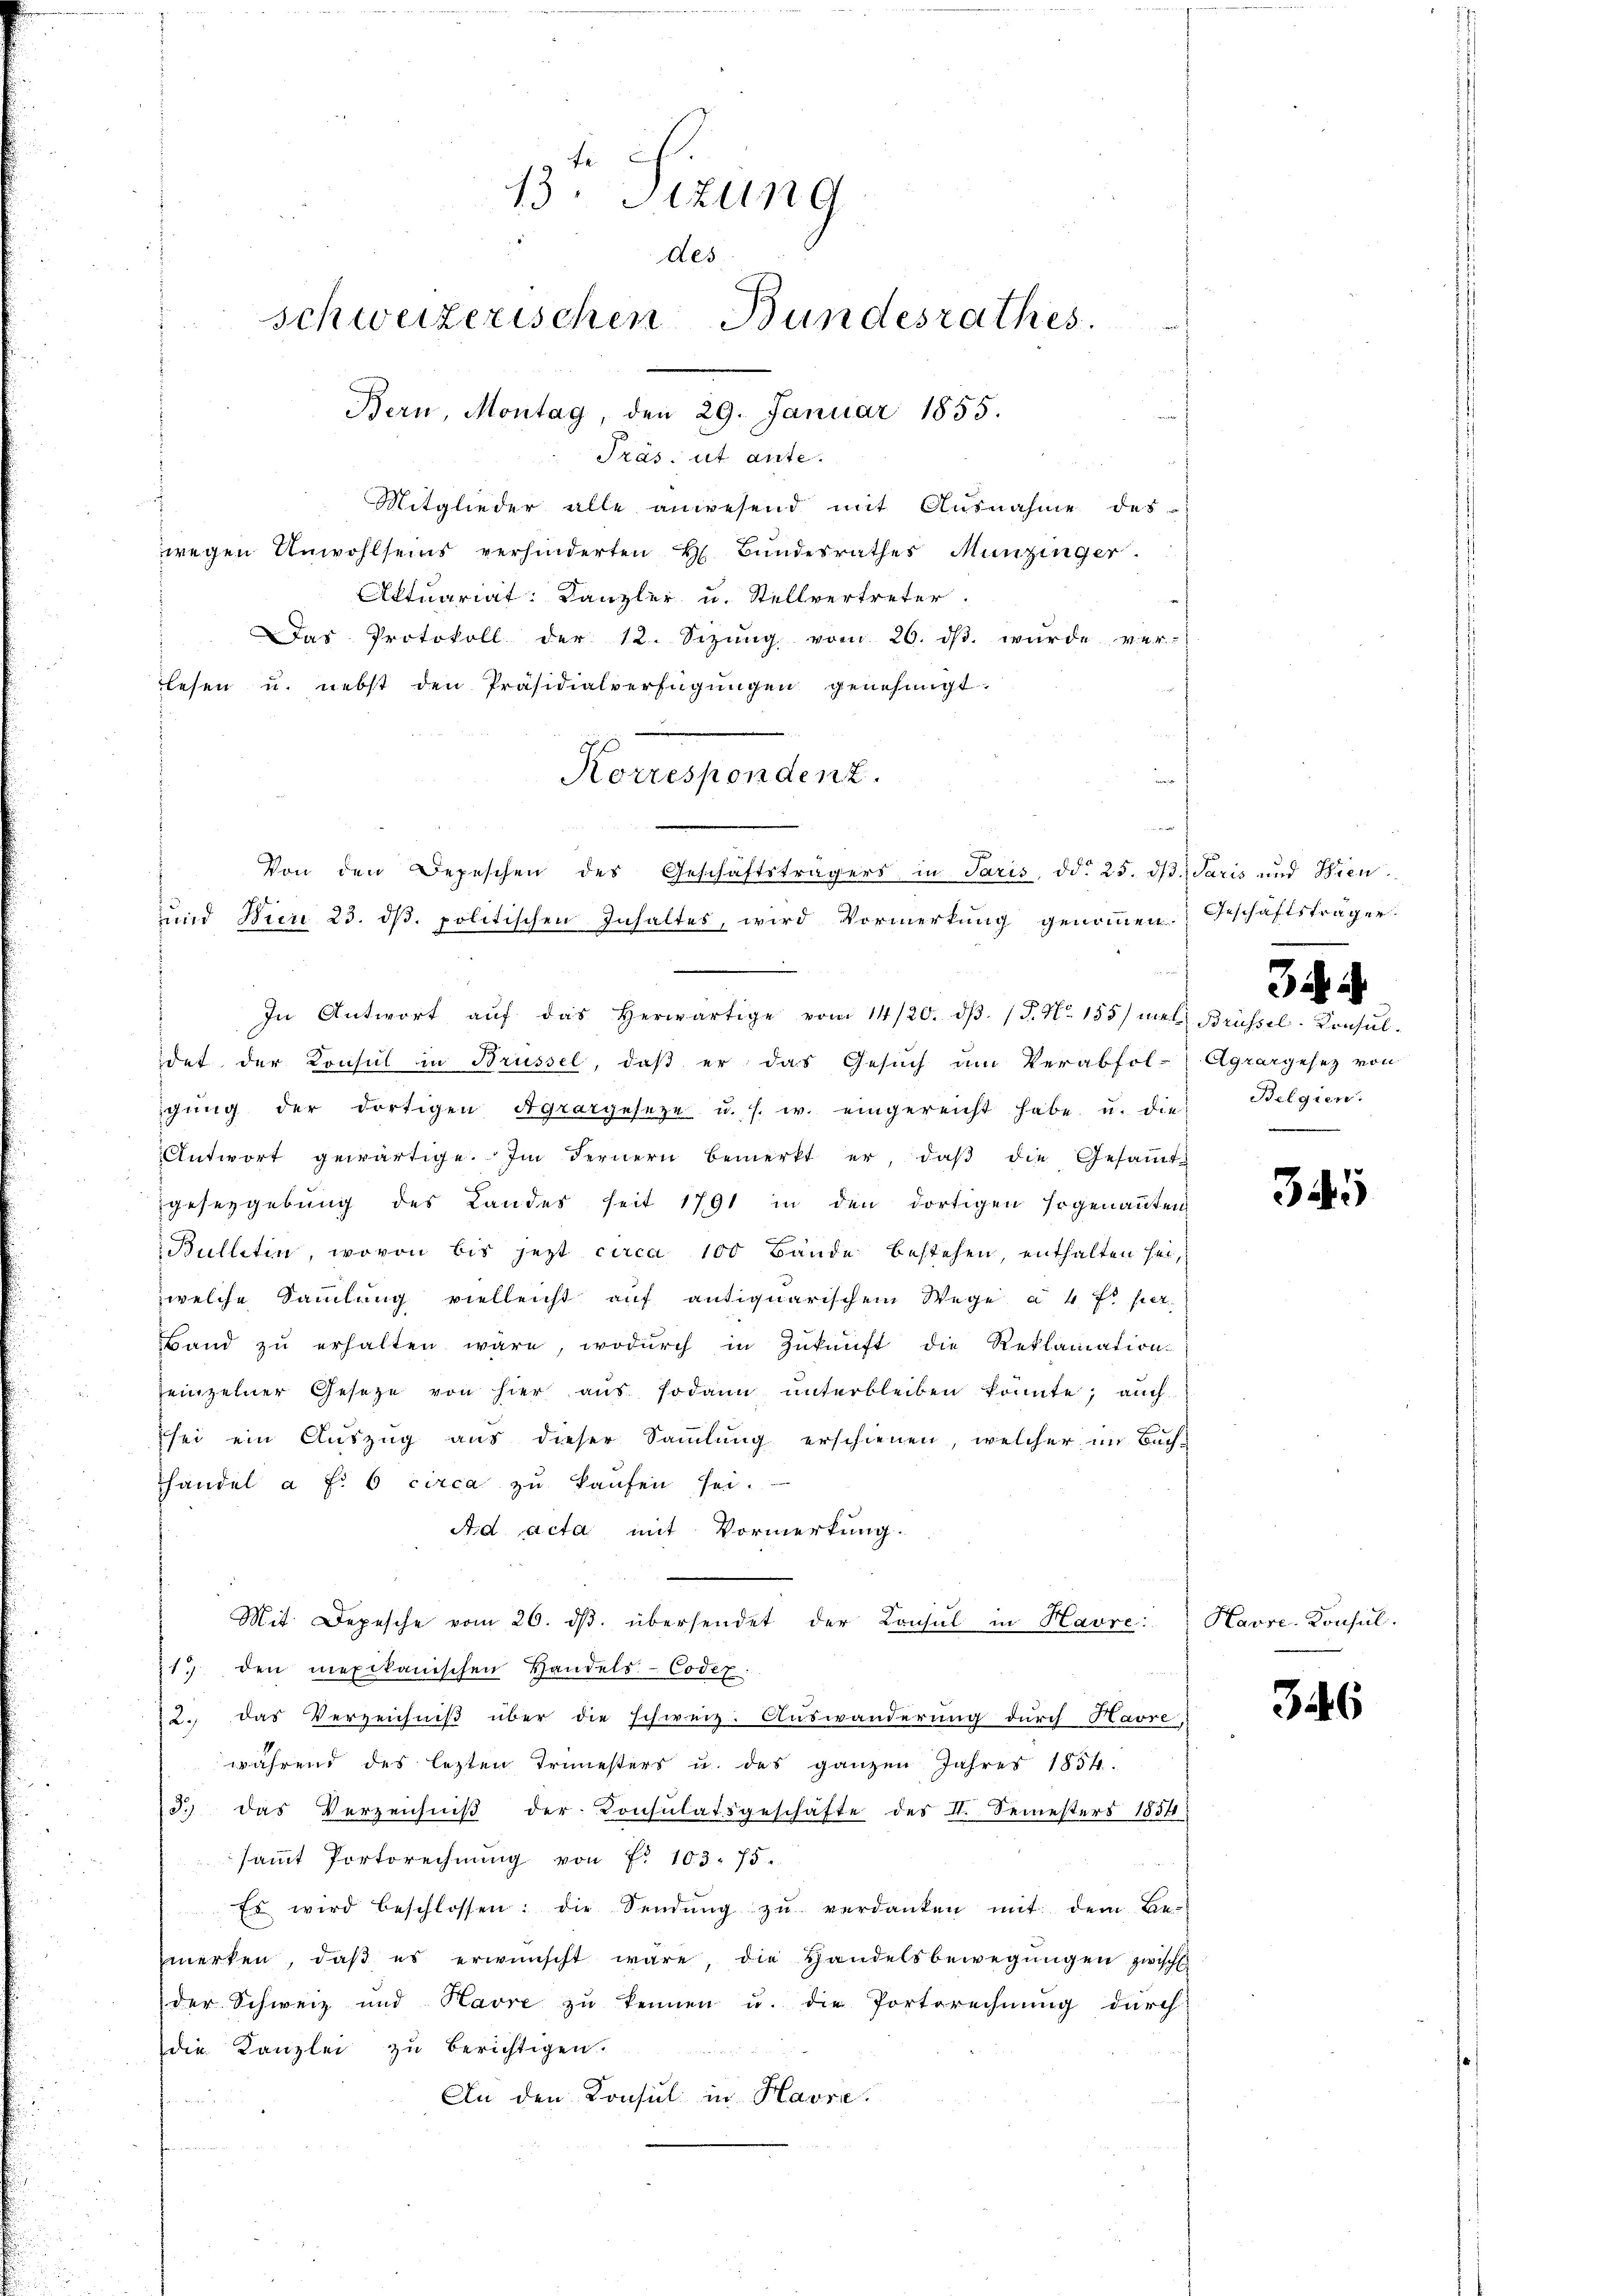
13. Sizung
des
schweizerischen Bundesrathes.
Bern, Montag, den 29. Januar 1855.
Präs. ut ante.

Mitglieder alle anwesend mit Ausnahme des
wegen Unwohlseins verhinderten H. Bŭndesrathes Munzinger.
Aktuariat: Kanzler u. Stellvertreter.
Das Protokoll der 12. Sizŭng vom 26. dβ. wurde ver-
lesen u. nebst den Präsidialverfügungen genehmigt.
und Niere 23. dβ. politischen Inhaltes, wird Vormerkŭng genoṁen. Geschäftsträger.
In Antwort aŭf das herwärtige vom 14/20. dβ. (T. No 155) mit Brüssel-Konsul-
det der Konsul in Brüssel, daß er das Gesuch am Verabfol-
igŭng der dortigen Agrargeseze u. s. w. eingereicht habe u. die Belgien.
Antwort gewärtige. Im Fernern bemerkt er, daβ die Gesaṁt-
gesezgebung des Landes seit 1791 in den dortigen sogenanten
Bulletin, wovon bis jezt circa 100 Bände bestehen, enthalten sei,
welche Sammlung vielleicht auf antiquarischem Wege à 4 fr per
Band zŭ erhalten wäre, wodŭrch in Zŭkŭnft die Reklamation
einzelner Gesetze von hier aŭs sodann ŭnterbleiben könnte; auch
sei ein Auszug aus dieser Sammlung erschienen, welcher im Buch-
Thandel a f. 6 circa zŭ kaŭfen sei.
Ad acta mit Vormerkung.
Mit Depesche vom 26. dβ übersendet der Consul in Havre:
19 den mexikanischen Handels-Codex.
12. das Verzeichniß über die schweiz. Auswanderung durch Havre,
während des letzten Trimesters u. des ganzen Jahres 1854.
23. das Verzeichniβ der Consulatsgeschäfte des II. Semesters 1854.
saṁt Portrechnŭng von fr. 103. 75.
Es wird beschlossen: die Sendŭng zŭ verdanken mit dem Be-
merken, daß es erwünscht wäre, die Handelsbewegungen zwisch
der Schweiz und Havre zu kennen u. die Portsrechnung durch
die Kanzlei zu berichtigen.

An den Konsul in Havre.

Korrespondenz.
Von den Depeschen des Geschäftsträgers in Paris, od. 25. dβ. Paris und Wien

3 i
Agrargesetz von

345

Havre-Konsul.

346